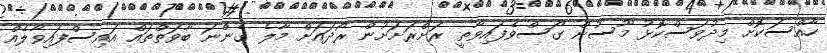
ހާއްސަކޮށް މިދުވަސްކޮޅު މޫސުން ގޯސްވެފައިވާތީ ރަށްރަށަށުން ރޯދައަށް މާލެ ގެންނަ ބާވަތްތައް އައިސްފައިވާލެއް